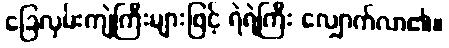
ခြေလှမ်းကျဲကြီးများဖြင့် ရဲရဲကြီး လျှောက်လာ၏။